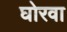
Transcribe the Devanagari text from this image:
घोरवा